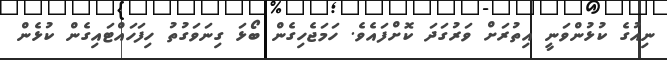
ނިއުގެ ކުޅުންވަނީ އިތުރަށް ވަރުގަދަ ކޮށްފައެވެ. ހަމަޖެހިގެން ބޯޅަ ގިނަވަގުތު ހިފަހައްޓައިގެން ކުޅެން